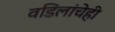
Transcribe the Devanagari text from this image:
वडिलांचेही